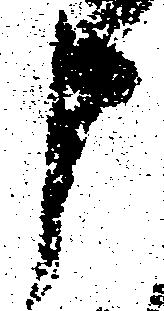
申